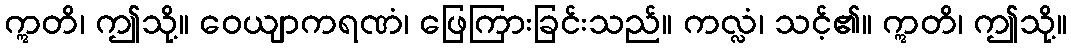
ဣတိ၊ ဤသို့။ ဝေယျာကရဏံ၊ ဖြေကြားခြင်းသည်။ ကလ္လံ၊ သင့်၏။ ဣတိ၊ ဤသို့။